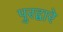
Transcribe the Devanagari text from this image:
पुरद्वारे